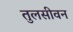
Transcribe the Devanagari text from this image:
तुलसीवन